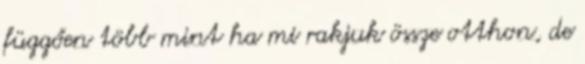
függően több mint ha mi rakjuk össze otthon, de